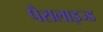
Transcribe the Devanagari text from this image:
पैरालाइज्ड